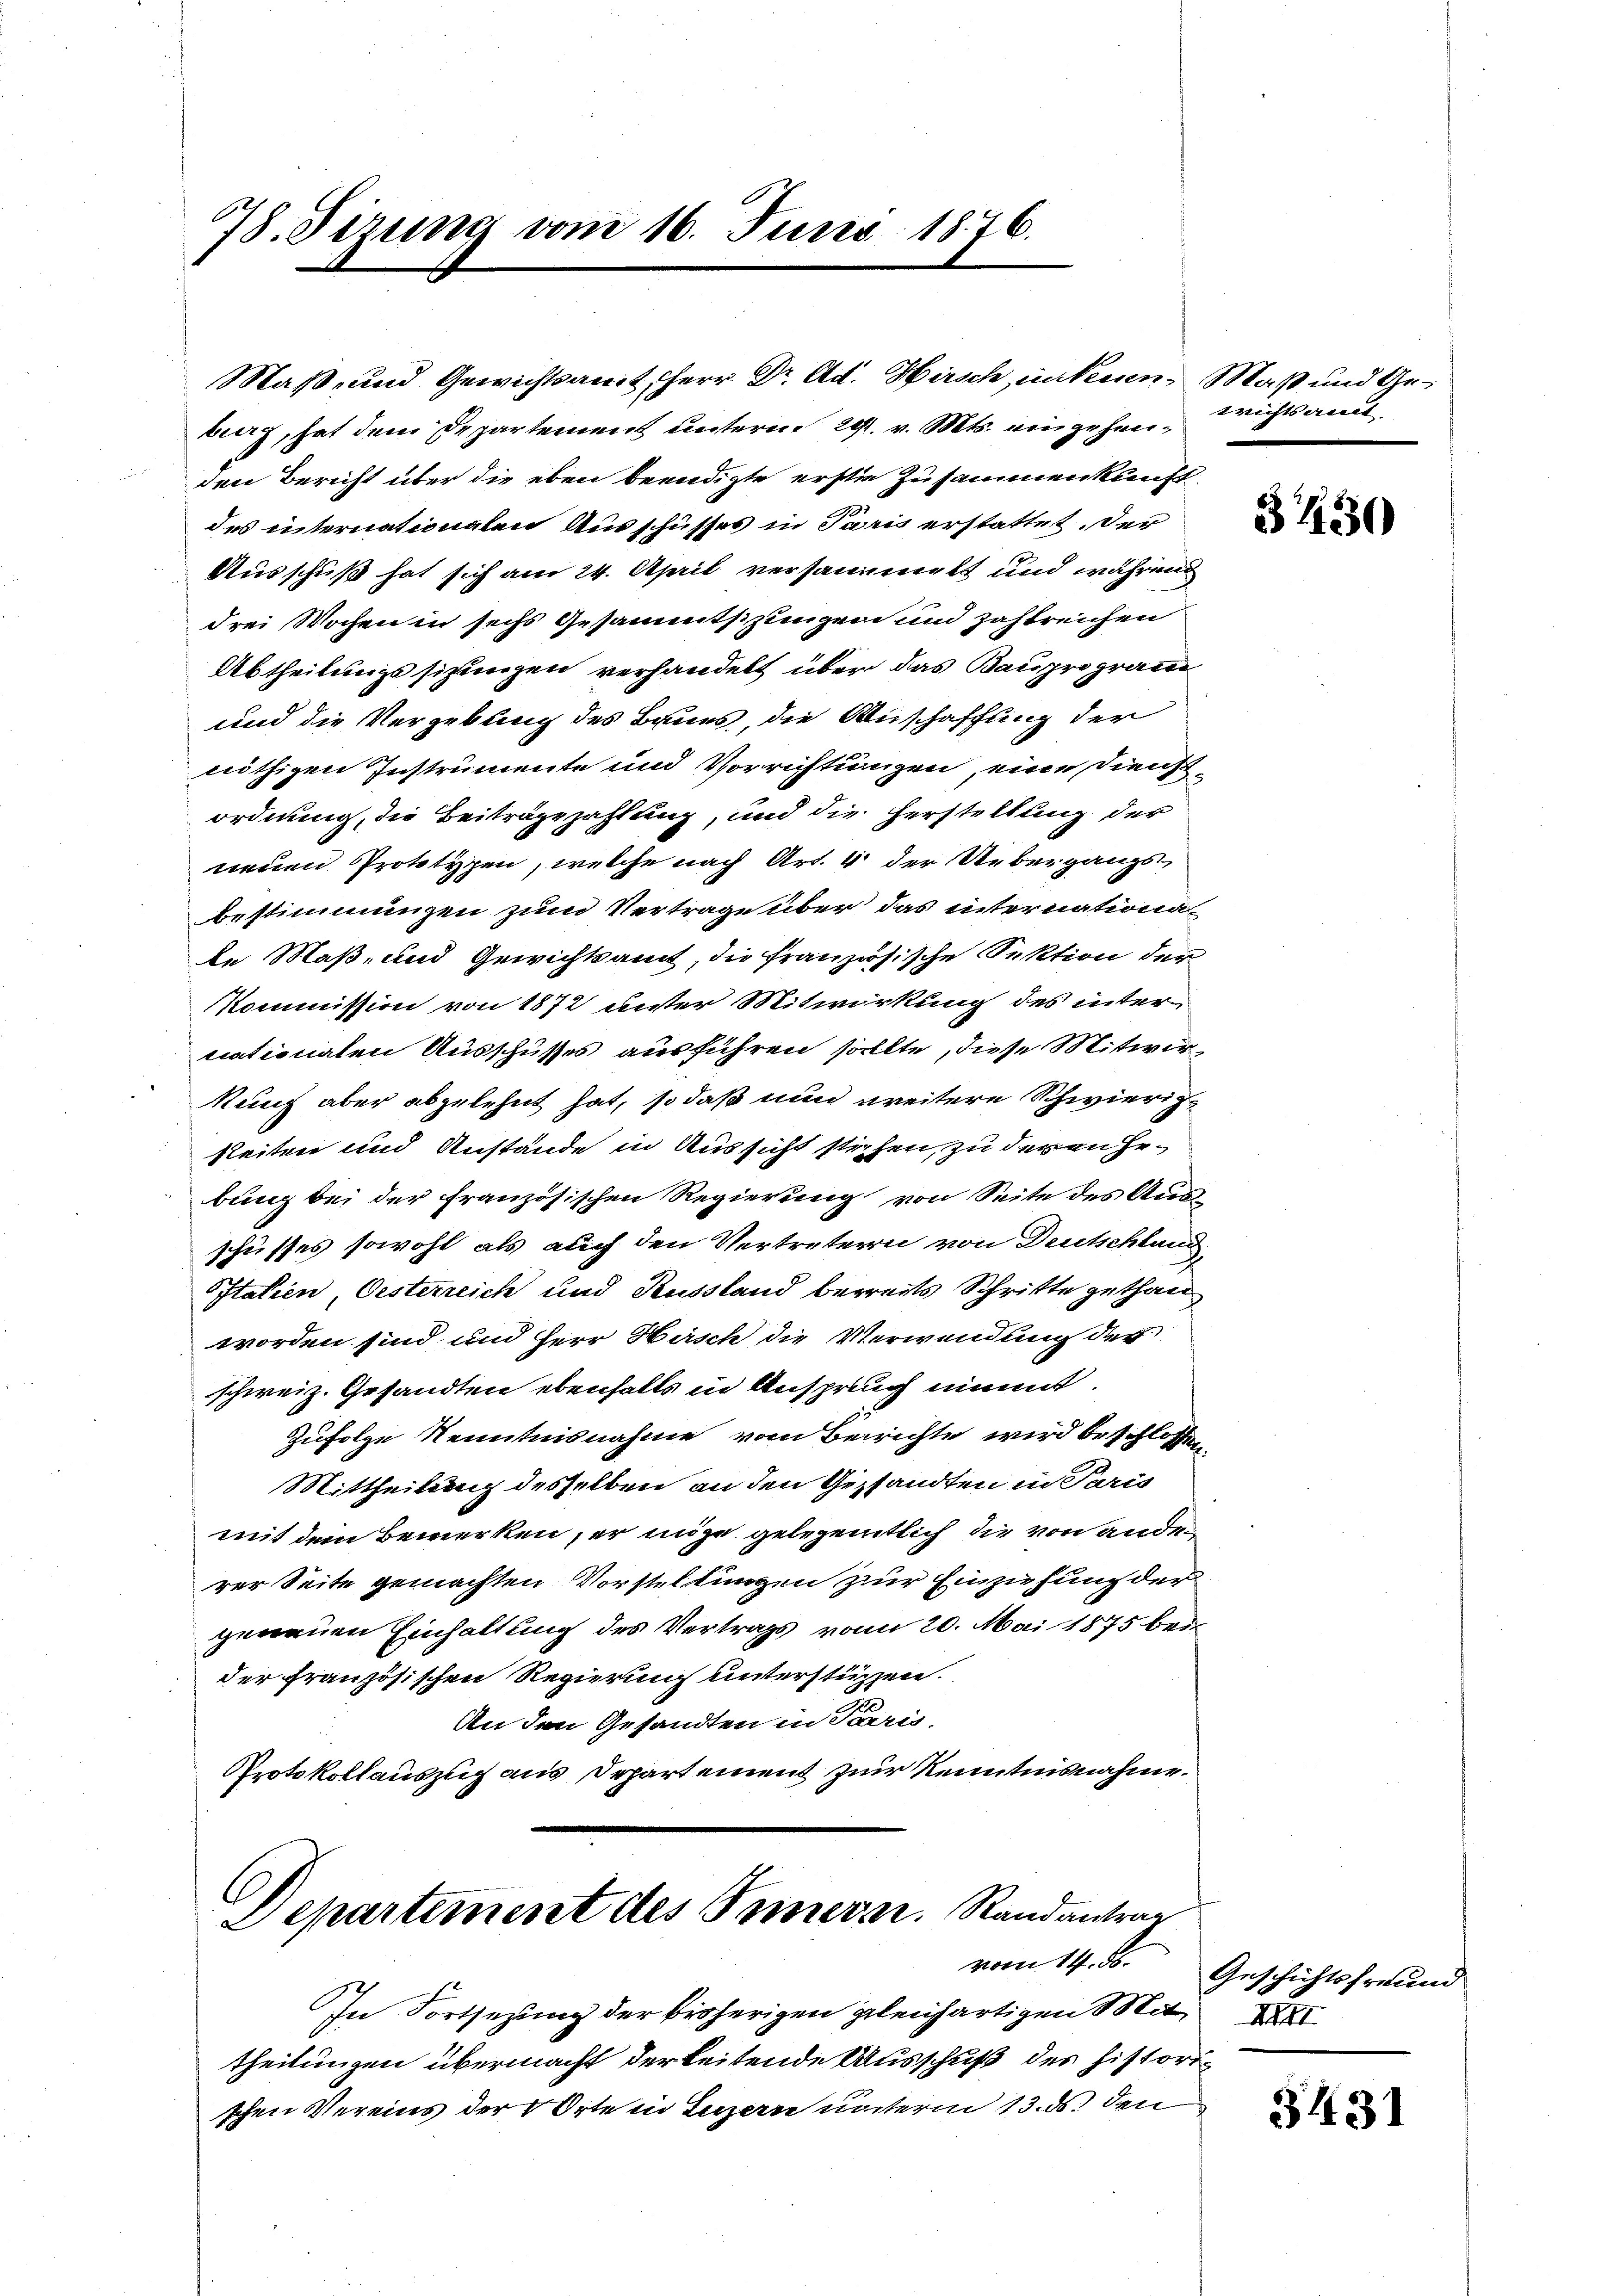
78. Sizung vom 16. Juris 1876.

den Bericht über die eben beendigte erste Zusammenklaft
des internationalen Ausschusses in Paris erstattet, der
Ausschuß hat sich am 24. April versammelt und während
drei Wochen in sechs Gesammtsizungen und zahlreichen
Abtheilungssizungen verhandelt über das Bauprogram
und die Vergebung des Baues, die Anschaffung der
nöthigen Instrumente und Vorrichtungen, eine Dienstordnung, die Beiträge zahlung, und die Herstellung der
neuen Prototypen, welche nach Art. 4 der Uebergangs
bestimmungen zum Vertrage über das internationa
te Maß- und Gewichtamt, die französische Sektion der
Kommission von 1872 unter Mitwirkung des internationaten Ausschusses ausführen sollte, diese Mitwir¬
Kunz aber abgelehnt hat, so daß nun weitere Schwierigkeiten und Anstände in Aussicht stehen, zu der an Erbung bei der französischen Regierung von Seite des Aus-
schusses sowohl als auch den Vertretern von Deutschland
Italien, Oesterreich und Russland bereits Schritte gethan
worden sind und Herr Hasch die Verwendung des
schweiz. Gesandten ebenfalls in Anspruch nimmt.
Zufolge Kenntnisnahme vom Berichte wird beschlossen
Mittheilung desselben an den Gesandten in Paris
mit dem Bemerken, er möge gelegentlich die von ander
rer Seite gemachten Vorstellungen zur Einziehung der
genauen Einhaltung des Vertrags vom 20. Mai 1875 bei
der französischen Regierung unterstützen.
An den Gesandten in Paris-
Protokollauszug aus Departement zur Kenntnisnahme.

burg, hat dem Departement unterm 29. v. Mts. eingehen¬

Maß- und Gewichtsamt Herr Dr. Ad. Hirsch untern Maß und Ge¬

In Fortsezung der bisherigen gleichartigen Mittheilungen übermacht der leitende Ausschuß des historischen Vereins der Orte in Luzern unterm 13. ds. den

.
Departement des Innern. Randantrag

wrichtsamt

31130

vom 14. d. Geschichtsfreund
XXII

3431